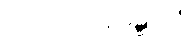
သတိပဋ္ဌာနမဋ္ဋာလံ